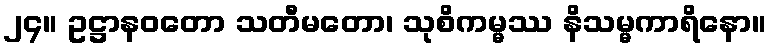
၂၄။ ဥဋ္ဌာနဝတော သတီမတော၊ သုစိကမ္မဿ နိသမ္မကာရိနော။